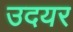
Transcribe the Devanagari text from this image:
उदयर